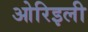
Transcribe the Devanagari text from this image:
ओरिइली